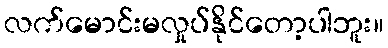
လက်မောင်းမလှုပ်နိုင်တော့ပါဘူး။